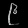
Digit: ၉